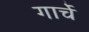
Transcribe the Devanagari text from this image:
गार्चे